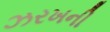
ઝરખની